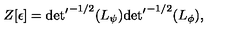
Z [ \epsilon ] = { { \det } ^ { \prime } } ^ { - 1 / 2 } ( L _ { \psi } ) { { \det } ^ { \prime } } ^ { - 1 / 2 } ( L _ { \phi } ) ,